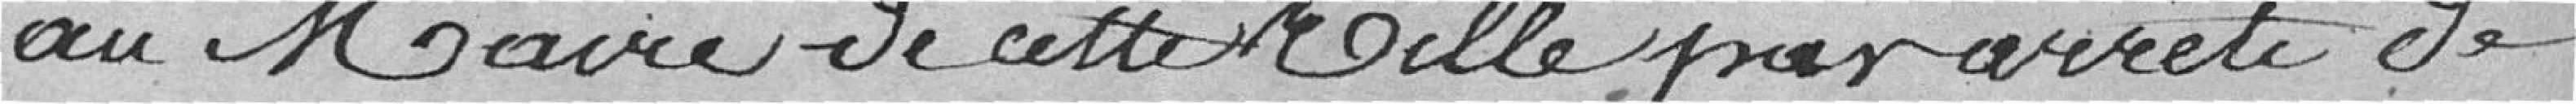
au Maire de cette Ville par arrêté de